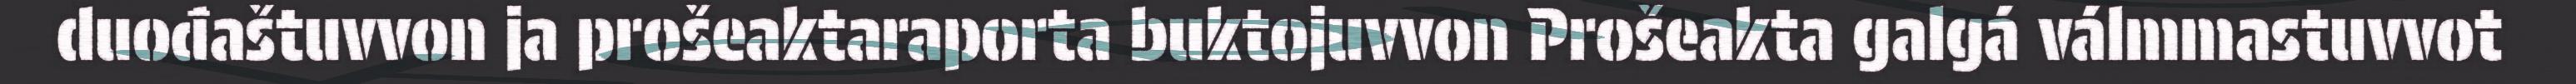
duođaštuvvon ja prošeaktaraporta buktojuvvon Prošeakta galgá válmmastuvvot